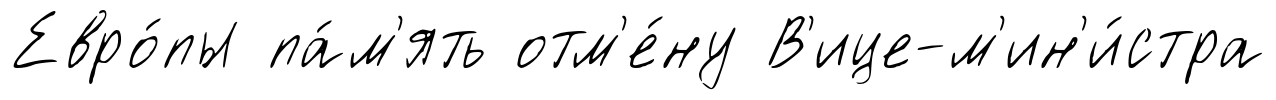
Евро́пы па́м'ять отм'е́ну В'ице-м'ин'и́стра